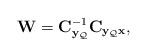
LaTeX: \begin{align*}\mathbf{W}=\mathbf{C}_{\mathbf{y}_{\mathcal{Q}}}^{-1}\mathbf{C}_{\mathbf{y}_{\mathcal{Q}}\mathbf{x}},\end{align*}